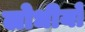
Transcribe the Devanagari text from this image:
लोधीयों